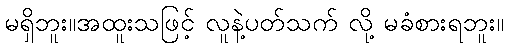
မရှိဘူး။အထူးသဖြင့် လူနဲ့ပတ်သက် လို့ မခံစားရဘူး။